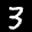
Label: 3